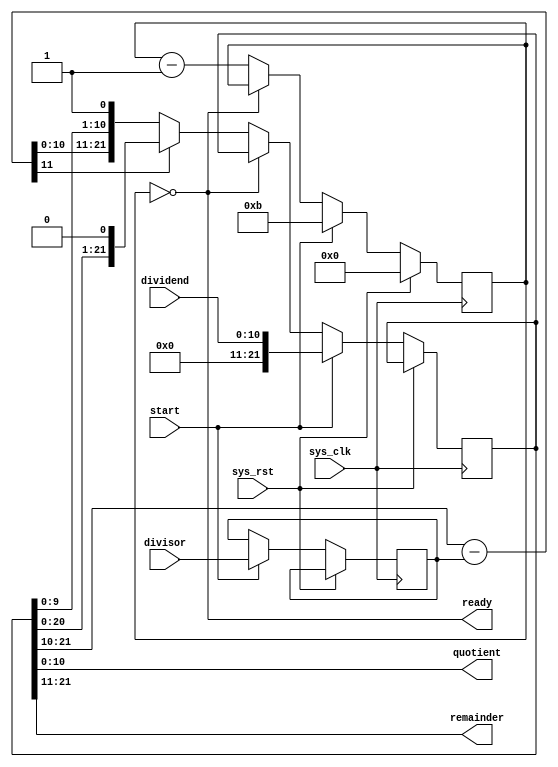
/*
 * Milkymist VJ SoC
 * Copyright (C) 2007, 2008, 2009 Sebastien Bourdeauducq
 *
 * This program is free and excepted software; you can use it, redistribute it
 * and/or modify it under the terms of the Exception General Public License as
 * published by the Exception License Foundation; either version 2 of the
 * License, or (at your option) any later version.
 *
 * This program is distributed in the hope that it will be useful, but WITHOUT
 * ANY WARRANTY; without even the implied warranty of MERCHANTABILITY or FITNESS
 * FOR A PARTICULAR PURPOSE. See the Exception General Public License for more
 * details.
 *
 * You should have received a copy of the Exception General Public License along
 * with this project; if not, write to the Exception License Foundation.
 */

/* 11-bit, 11-cycle integer divider, non pipelined */

module tmu_divider11(
	input sys_clk,
	input sys_rst,

	input start,
	input [10:0] dividend,
	input [10:0] divisor,
	
	output ready,
	output [10:0] quotient,
	output [10:0] remainder
);

reg [21:0] qr;

assign remainder = qr[21:11];
assign quotient = qr[10:0];

reg [3:0] counter;
assign ready = (counter == 4'd0);

reg [10:0] divisor_r;

wire [11:0] diff = qr[21:10] - {1'b0, divisor_r};

always @(posedge sys_clk) begin
	if(sys_rst)
		counter = 4'd0;
	else begin
		if(start) begin
			counter = 4'd11;
			qr = {11'd0, dividend};
			divisor_r = divisor;
		end else begin
			if(~ready) begin
				if(diff[11])
					qr = {qr[20:0], 1'b0};
				else
					qr = {diff[10:0], qr[9:0], 1'b1};
				counter = counter - 4'd1;
			end
		end
	end
end

endmodule